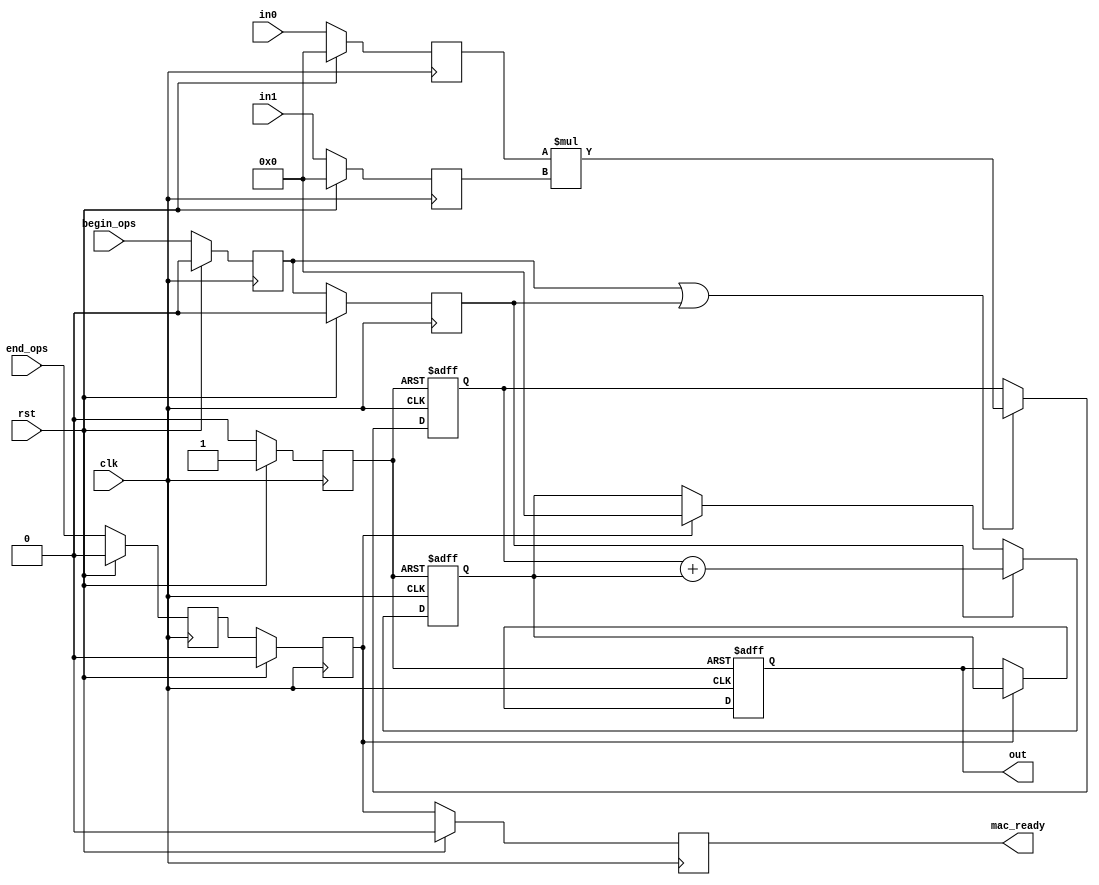
`timescale 1ns / 1ps
//////////////////////////////////////////////////////////////////////////////////
// Company: Private
// 
// Design Name: 
// Module Name: MAC
// Project Name: 
// Target Devices: 
// Tool Versions: 
// Description: 
// 
// Dependencies: 
// 
// Revision:
// Revision 0.01 - File Created
// Additional Comments:
// 
//////////////////////////////////////////////////////////////////////////////////

//`define HIGH_ACCURACY
`define LOW_LATENCY

module MAC #(
  parameter DATA_WIDTH = 8
)(
  input wire clk,
  input wire rst,
  input wire begin_ops,
  input wire end_ops,
  input wire [DATA_WIDTH-1:0] in0,
  input wire [DATA_WIDTH-1:0] in1,
  `ifdef HIGH_ACCURACY
	output wire [(2*DATA_WIDTH):0] out,
  `else
	output wire [DATA_WIDTH-1:0] out,
  `endif
  output wire mac_ready
);
  
  (*keep = "true"*) reg begin_ops_internal, begin_ops_internal_delayed, end_ops_internal;
  (*keep = "true"*) reg end_ops_internal_delayed, rst_internal, mac_ready_internal;
  (*keep = "true"*) reg [DATA_WIDTH-1:0] in0_internal, in1_internal;
  
  `ifdef HIGH_ACCURACY
	(*keep = "true"*) reg [(2*DATA_WIDTH)-1:0] prod_val;
	(*keep = "true"*) reg [(2*DATA_WIDTH):0] sum_val, out_internal;
	wire [(2*DATA_WIDTH):0] temp_sum_val;

	always @(posedge clk) begin
      if(rst) begin
        begin_ops_internal <= 1'b0;
        begin_ops_internal_delayed <= 1'b0;
        end_ops_internal <= 1'b0;
        end_ops_internal_delayed <= 1'b0;
        mac_ready_internal <= 1'b0;
        rst_internal <=  1'b1;
        in0_internal <= {(DATA_WIDTH){1'b0}};
        in1_internal <= {(DATA_WIDTH){1'b0}};
      end
      else begin
        begin_ops_internal <= begin_ops;
        begin_ops_internal_delayed <= begin_ops_internal;
        end_ops_internal <= end_ops;
        end_ops_internal_delayed <= end_ops_internal;
        mac_ready_internal <= end_ops_internal_delayed;
        rst_internal <=  1'b0;
        in0_internal <= in0;
        in1_internal <= in1;
      end
	end

	always @(posedge clk or posedge rst_internal) begin
      if(rst_internal) begin
        prod_val <= {(2*DATA_WIDTH){1'b0}};
        sum_val <= {(2*DATA_WIDTH+1){1'b0}};
      end
      else begin
        if(begin_ops_internal || begin_ops_internal_delayed) begin
          prod_val <= {{(8){1'b0}}, in0_internal} * {{(8){1'b0}}, in1_internal};
        end
        
        if(begin_ops_internal_delayed)begin
        	sum_val <= {1'b0, prod_val} + temp_sum_val;
        end
        else if(end_ops_internal_delayed) begin
          sum_val <= {(2*DATA_WIDTH+1){1'b0}};
        end
      end
	end

	assign temp_sum_val = sum_val;

	always @(posedge clk or posedge rst_internal) begin
      if(rst_internal) begin
        out_internal <= {(2*DATA_WIDTH){1'b0}};
      end
      else begin
        if(end_ops_internal_delayed) begin //&& !mac_ready_internal) begin
          out_internal <= temp_sum_val;
        end
      end
	end

	assign mac_ready = mac_ready_internal;
	assign out = out_internal;
  
  `else
	(*keep = "true"*) reg [DATA_WIDTH-1:0] prod_val;
	(*keep = "true"*) reg [DATA_WIDTH-1:0] sum_val, out_internal;
	wire [DATA_WIDTH-1:0] temp_sum_val;

	always @(posedge clk) begin
      if(rst) begin
        begin_ops_internal <= 1'b0;
        begin_ops_internal_delayed <= 1'b0;
        end_ops_internal <= 1'b0;
        end_ops_internal_delayed <= 1'b0;
        mac_ready_internal <= 1'b0;
        rst_internal <=  1'b1;
        in0_internal <= {(DATA_WIDTH){1'b0}};
        in1_internal <= {(DATA_WIDTH){1'b0}};
      end
      else begin
        begin_ops_internal <= begin_ops;
        begin_ops_internal_delayed <= begin_ops_internal;
        end_ops_internal <= end_ops;
        end_ops_internal_delayed <= end_ops_internal;
        mac_ready_internal <= end_ops_internal_delayed;
        rst_internal <=  1'b0;
        in0_internal <= in0;
        in1_internal <= in1;
      end
	end

	always @(posedge clk or posedge rst_internal) begin
      if(rst_internal) begin
        prod_val <= {(DATA_WIDTH){1'b0}};
        sum_val <= {(DATA_WIDTH){1'b0}};
      end
      else begin
        if(begin_ops_internal || begin_ops_internal_delayed) begin
          prod_val <= in0_internal * in1_internal;
          //sum_val <= prod_val + temp_sum_val;
        end
        
        if(begin_ops_internal_delayed) begin
          sum_val <= prod_val + temp_sum_val;
        end
        else if(end_ops_internal_delayed) begin
          sum_val <= {(DATA_WIDTH){1'b0}};
        end
      end
	end

	assign temp_sum_val = sum_val;

	always @(posedge clk or posedge rst_internal) begin
      if(rst_internal) begin
        out_internal <= {(DATA_WIDTH){1'b0}};
      end
      else begin
        if(end_ops_internal_delayed) begin
          out_internal <= temp_sum_val;
        end
      end
	end

	assign mac_ready = mac_ready_internal;
	assign out = out_internal;
  `endif
  
endmodule